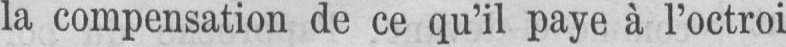
la compensation de ce qu’il paye à l’octroi